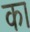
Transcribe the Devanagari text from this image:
का